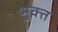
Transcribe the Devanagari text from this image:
भुक्‍त